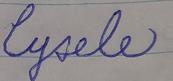
Signature authenticity: forged